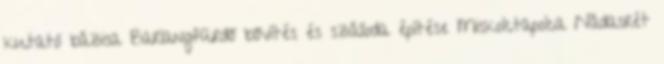
kutató bázisa Barlangfürdő bővítés és szálloda építése Miskolctapolca Nádasrét